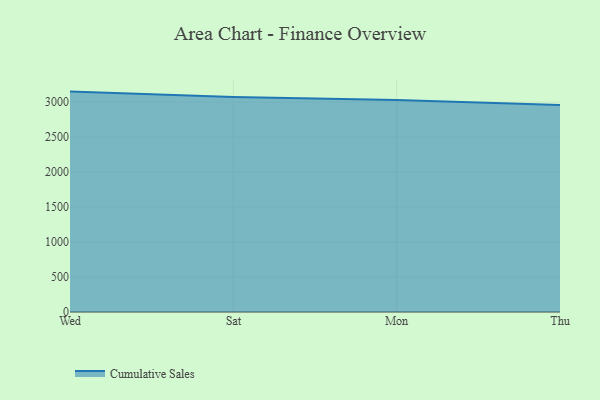
{"axis": {"x": "Day", "y": "Production Output"}, "legend": ["Cumulative Sales"], "data": [{"x": "Wed", "y": 3150.0, "type": "Cumulative Sales"}, {"x": "Sat", "y": 3071.4, "type": "Cumulative Sales"}, {"x": "Mon", "y": 3029.4, "type": "Cumulative Sales"}, {"x": "Thu", "y": 2956.9, "type": "Cumulative Sales"}]}